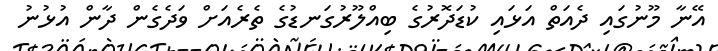
އޭނާ މޫނުގައި ދެއަތް އަޅައި ކުޑަދޮރުގެ ބިއްލޫރުގަނޑުގެ ތެރެއަށް ވަދެގެން ދާން އުޅުނު